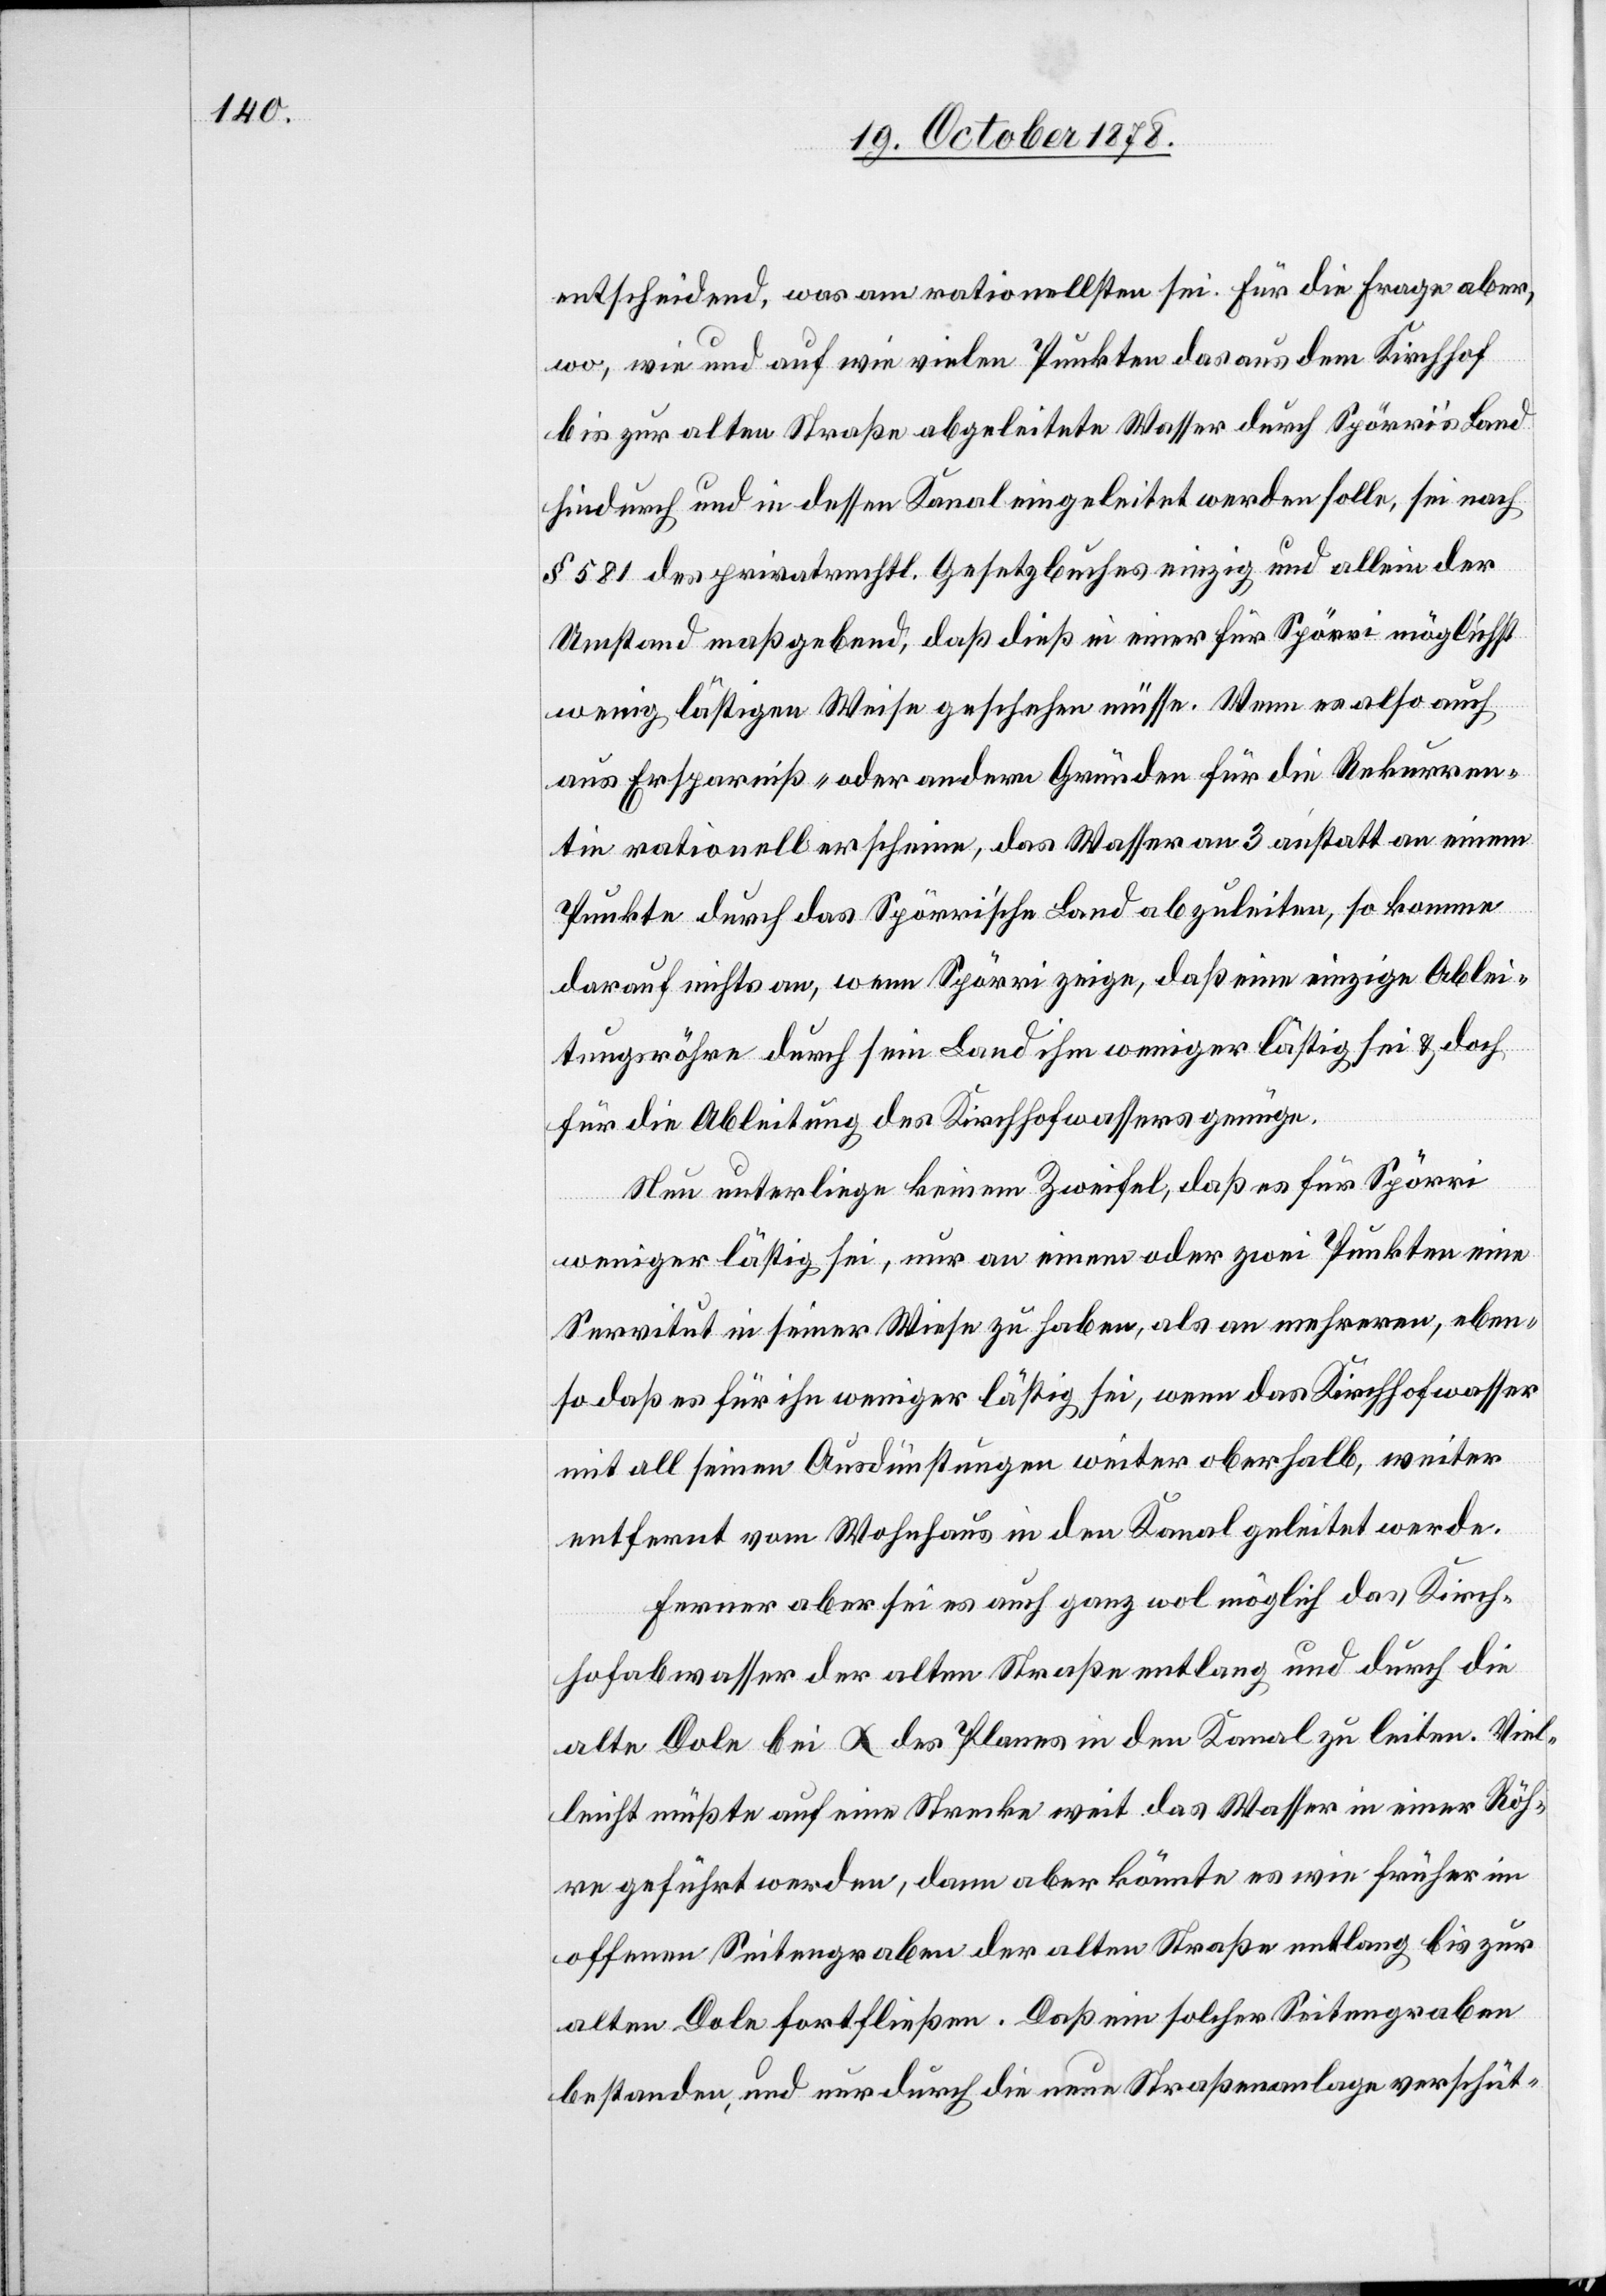
entscheidend, was am rationellsten sei. Für die Frage aber,
wo, wie und auf wie vielen Punkten daraus dem Kirchhof
bis zur alten Straße abgeleitete Wasser durch Spörri’s Land
hindurch und in dessen Kanal eingeleitet werden solle, sei nach
§ 581 des privatrechtl. Gesetzbuches einzig und allein der
Umstand maßgebend, daß dieß in einer für Spörri möglichst
wenig lästigen Weise geschehen müsse. Wenn es also auch
aus Ersparniß- oder andern Gründen für die Rekurren¬
tin rationell erscheine, das Wasser an 3 anstatt an einem
Punkte durch das Spörri’sche Land abzuleiten, so komme
darauf nichts an, wenn Spörri zeige, daß eine einzige Ablei¬
tungsröhre durch sein Land ihm weniger lästig sei & doch
für die Ableitung des Kirchhofwassers genüge.
Nun unterliege keinem Zweifel, daß es für Spörri
weniger lästig sei, nur an einem oder zwei Punkten eine
Servitut in seiner Wiese zu haben, als an mehreren, eben¬
so daß es für ihn weniger lästig sei, wenn das Kirchhofwasser
mit all seinen Ausdünstungen weiter oberhalb, weiter
entfernt vom Wohnhaus in den Kanal geleitet werde.
Ferner aber sei es auch ganz wol möglich das Kirch¬
hofabwasser der alten Straße entlang und durch die
alte Dole bei α des Planes in den Kanal zu leiten. Viel¬
leicht müßte auch eine Strecke weit das Wasser in einer Röh¬
re geführt werden, dann aber könnte es wie früher im
offenen Seitengraben der alten Straße entlang bis zur
alten Dole fortfließen. Daß ein solcher Seitengraben
bestanden, und er durch die neue Straßenanlage verschüt-